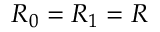
R _ { 0 } = R _ { 1 } = R